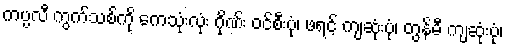
ကပ္ပလီ ကွက်သစ်ကို ကေသုံးလုံး ဂိုဏ်း ဝင်စီးပုံ၊ ဖရင့် ကျဆုံးပုံ၊ တွန်မီ ကျဆုံးပုံ၊